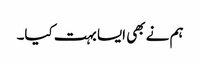
ہم نے بھی ایسا بہت کیا۔